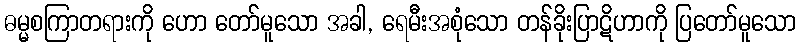
ဓမ္မစကြာတရားကို ဟော တော်မူသော အခါ, ရေမီးအစုံသော တန်ခိုးပြာဋိဟာကို ပြတော်မူသော